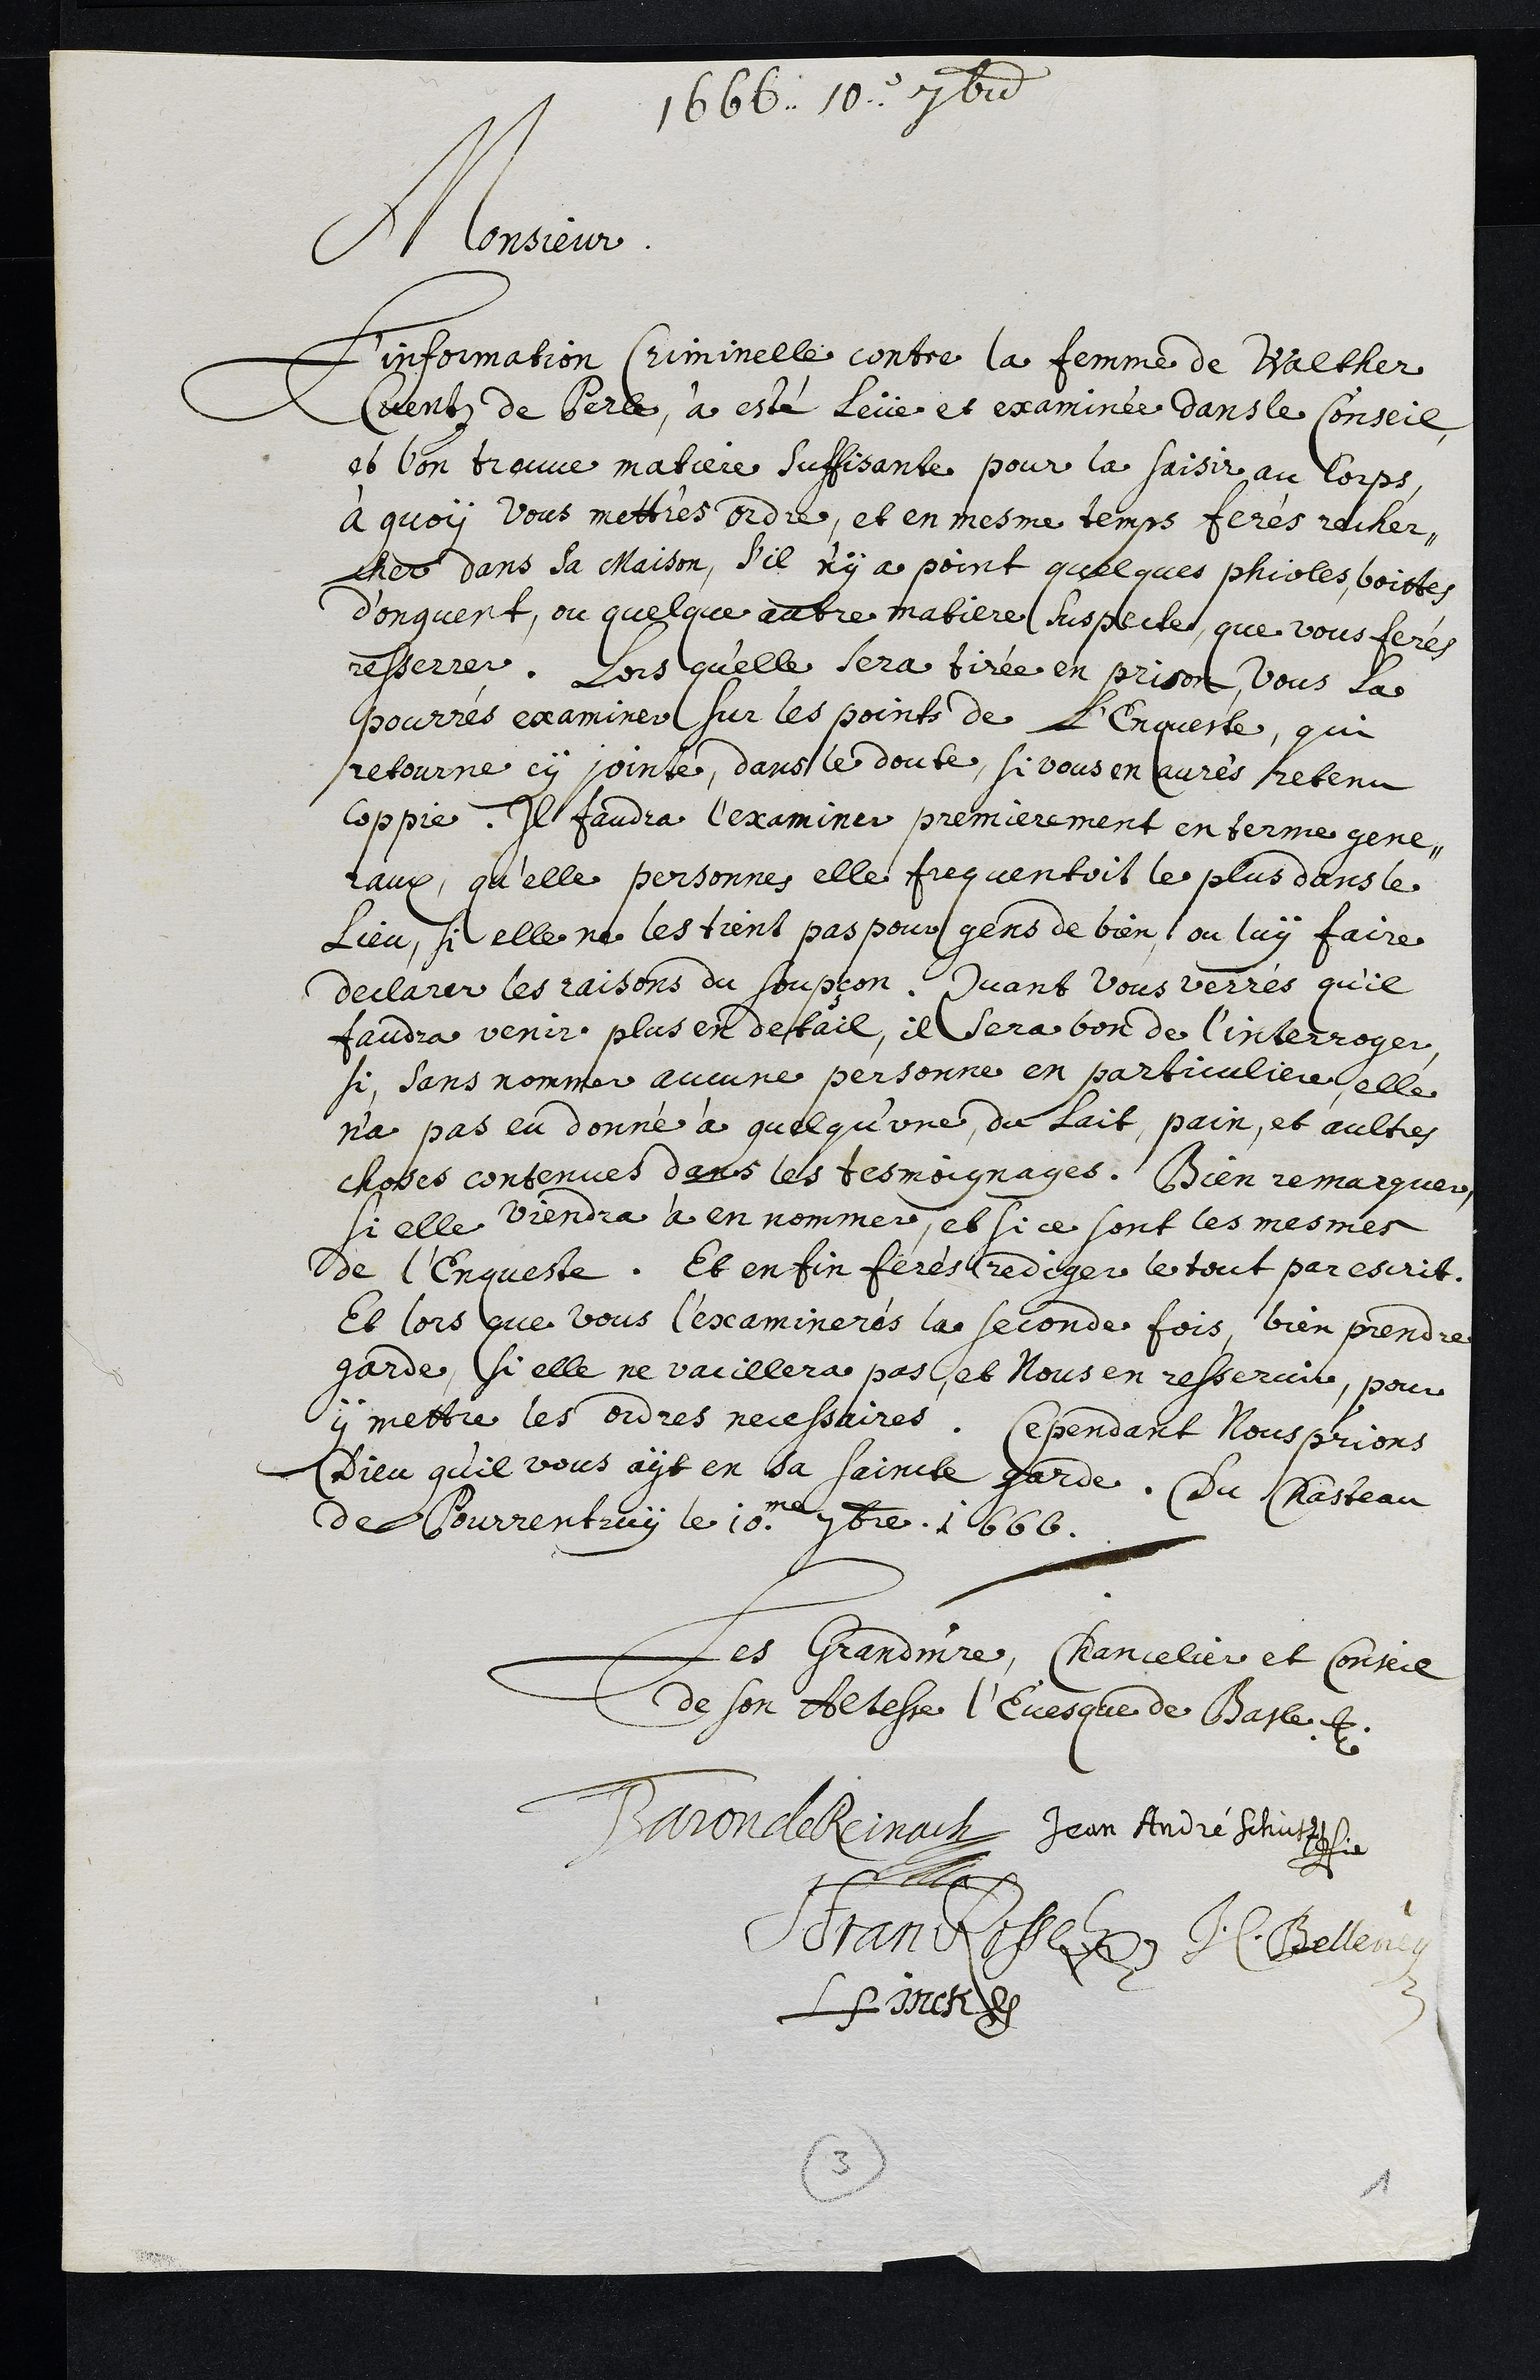
1666. 10. 7bre
Monsieur
L'information Criminelle contre la femme de Walther
Cuentz de Perle, a esté leve et examinée dans le Conseil
et l’on trouve matiere suffisante pour la saisir au corps,
à quoy vous mettrés ordre, et en mesme temps ferés recher¬
cher dans sa maison, s’il n’y a point quelques phioles, boittes
d'onguent, ou quelque autre matiere suspecte, que vous ferés
resserrer. Lors qu’elle sera tirée en prison vous la
pourrés examiner sur les points de l’Enqueste, qui
retourne cy jointe, dans le doute, si vous en aurés retenu
coppie. Il faudra l’examiner premierement en terme gene¬
raux, qu’elle personnes elle frequentoit le plus dans le
lieu, si elle ne les tient pas pour gens de bien, ou luy faire
declarer les raisons du soupçon, Quant vous verrés qu’il
faudra venir plus en detail, il sera bon de l’interroger
si, sans nommer aucune personne en particuliere, elle
n’a pas eu donné à quelqu’une, du lait, pain, et aultres
choses contenues dans les tesmoignages. Bien remarquer
si elle viendra à en nommer, et si ce sont les mesmes
de l'Enqueste. Et en fin ferés rediger le tout par escrit.
Et lors que vous l’examinerés la seconde fois, bien prendre
garde, si elle ne vacillera pas, et Nous en resservir, pour
y mettre les ordres necessaires. Cependant Nous prions
Dieu qu’il vous ayt en sa Saincte garde. Du Chasteau
de Pourrentruy le 10me 7bre 1666.
Les Grandmaistre, Chancelier et Conseil
de son Altesse l’Evesque de Basle.
Baron de Reinach  Jean André Schütz
J Fran Rosse J.C. Belleney
LFinck
3
1